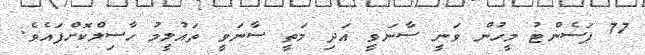
77 ޕަސެންޓު މީހުން ވަނީ ސާނަވީ އަދި މަތީ ސާނަވީ ތައުލީމު ހާސިލްކޮށްފައެވެ.